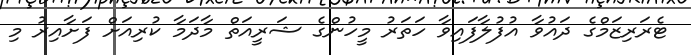
ޓެރަރިޒަމްގެ ދައުވާ އުފުލާފައިވާ ހަތަރު މީހުންގެ ޝަރީއަތް މާދަމާ ކުރިއަށް ފަށާއިރު މި